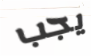
يجب